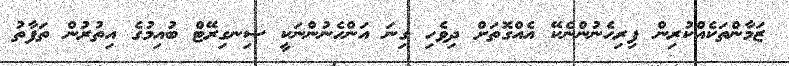
ޒަމާންތަކެއްކުރިން ފިރިހެނުންނެކޭ އެއްގޮތަށް ދިވެހި ގިނަ އަންހެނުންނަކީ ސިނގިރޭޓް ބުއިމުގެ އިތުރުން ތަފާތު